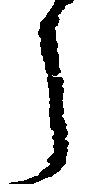
う